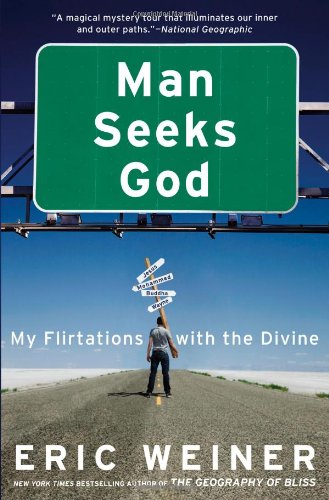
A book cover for Man Seeks God: My Flirtations with the Divine; Eric Weiner; Humor & Entertainment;